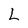
Character: L